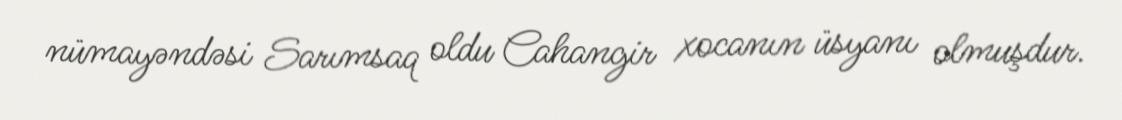
nümayəndəsi Sarımsaq oldu Cahangir xocanın üsyanı olmuşdur.